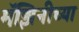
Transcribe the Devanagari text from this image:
मॅझिनीच्या